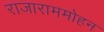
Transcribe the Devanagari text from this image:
राजाराममोहन